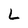
Character: L